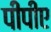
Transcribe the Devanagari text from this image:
पीपीए